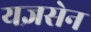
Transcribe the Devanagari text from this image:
यज्ञसेन